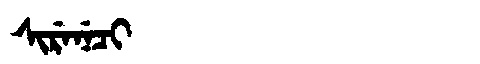
Manchu: ᠰᡳᡵᡝᠨᡝᠴᡳ
Romanization: SIRENECI